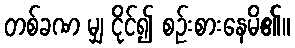
တစ်ခဏ မျှ ငိုင်၍ စဉ်းစားနေမိ၏။